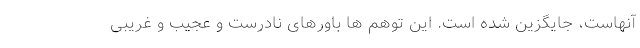
آنهاست، جایگزین شده است. این توهم ها باورهای نادرست و عجیب و غریبی